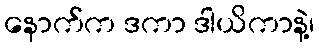
နောက်က ဒကာ ဒါယိကာနဲ့၊